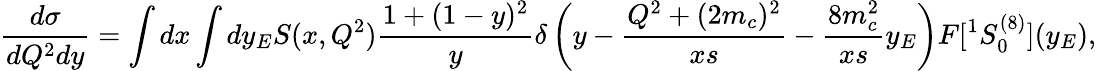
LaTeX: {\frac{d\sigma}{dQ^{2}dy}}=\int dx\int dy_{E}S(x,Q^{2}){\frac{1+(1-y)^{2}}{y}}\delta\left(y-{\frac{Q^{2}+(2m_{c})^{2}}{xs}}-{\frac{8m_{c}^{2}}{xs}}y_{E}\right)F[^{1}S_{0}^{(8)}](y_{E}),